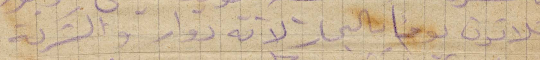
تلاتين يومًا بالبحار لانه دوار والشركة